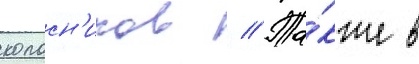
колосн'иков // Та́кже в